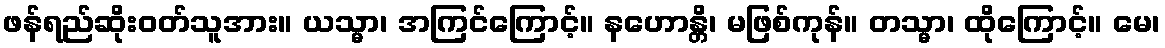
ဖန်ရည်ဆိုးဝတ်သူအား။ ယသ္မာ၊ အကြင်ကြောင့်။ နဟောန္တိ၊ မဖြစ်ကုန်။ တသ္မာ၊ ထိုကြောင့်။ မေ၊